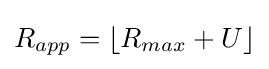
R_{app}=\lfloor R_{max}+U\rfloor